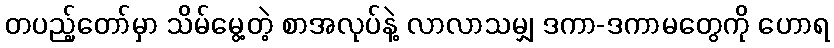
တပည့်တော်မှာ သိမ်မွေ့တဲ့ စာအလုပ်နဲ့ လာလာသမျှ ဒကာ-ဒကာမတွေကို ဟောရ